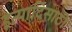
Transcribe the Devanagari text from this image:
इत्यादिसाठी